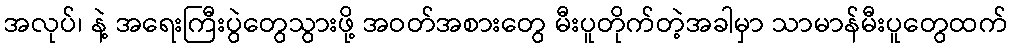
အလုပ်၊ နဲ့ အရေးကြီးပွဲတွေသွားဖို့ အဝတ်အစားတွေ မီးပူတိုက်တဲ့အခါမှာ သာမာန်မီးပူတွေထက်